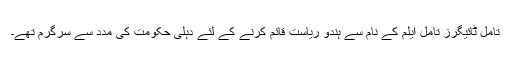
تامل ٹائیگرز تامل ایلم کے نام سے ہندو ریاست قائم کرنے کے لئے دہلی حکومت کی مدد سے سرگرم تھے۔